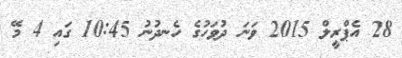
28 އެޕްރީލް 2015 ވަނަ ދުވަހުގެ ހެނދުނު 10:45 ގައި 4 މޭ